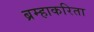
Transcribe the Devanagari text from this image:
ब्रम्हाकरिता